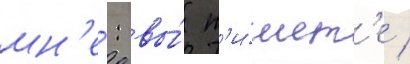
мн'е́: вы́ п'и́шет'е /